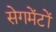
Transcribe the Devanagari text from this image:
सेगमेंटों